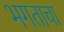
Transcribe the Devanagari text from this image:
भगताचा